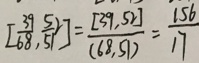
[ \frac { 3 9 } { 6 8 } , \frac { 5 2 } { 5 1 } ] = \frac { [ 3 9 , 5 2 ] } { ( 6 8 , 5 1 ) } = \frac { 1 5 6 } { 1 7 }